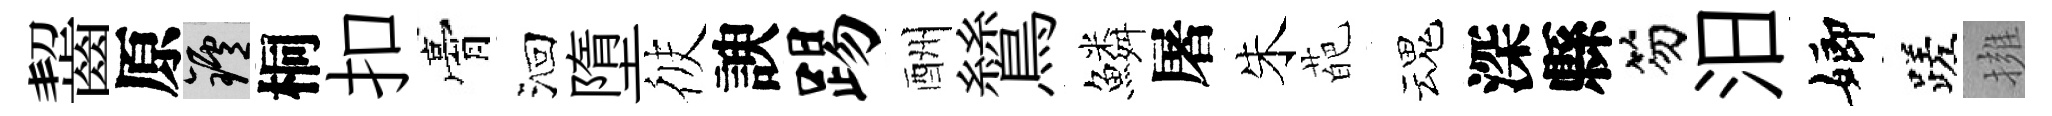
齧原爐桐扣膏洄墮彼諛踢酬鷥鱗屠朱葩魂深縣笏汨嫏蹉擁